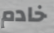
خادم